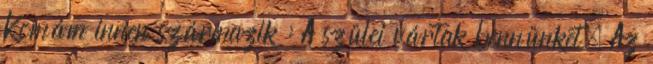
Komám innen származik : A szülei vártak bennünket. Az